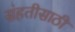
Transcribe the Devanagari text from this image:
संहतीसाठी